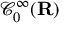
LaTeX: { \mathcal { C } } _ { 0 } ^ { \infty } ( \mathbf { R } )